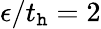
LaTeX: \epsilon/t_{\mathtt{h}}=2